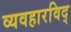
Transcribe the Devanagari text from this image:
व्यवहारविद्